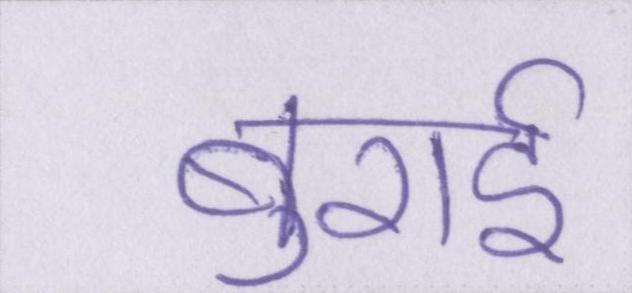
बुराई